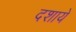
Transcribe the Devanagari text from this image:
दशाये